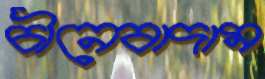
চীনেবাদাম